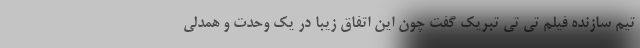
تیم سازنده فیلم تی تی تبریک گفت چون این اتفاق زیبا در یک وحدت و همدلی